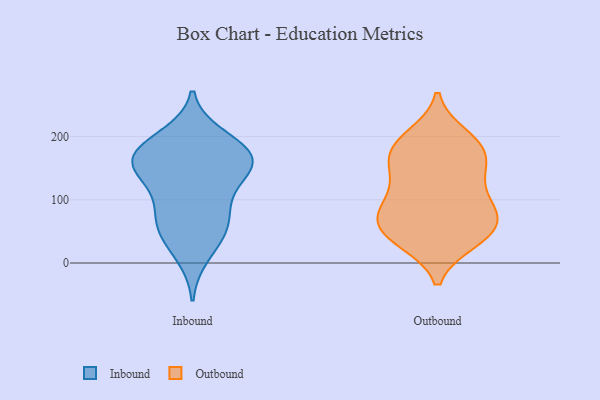
{"axis": {"x": "Population (Million)", "y": "Value"}, "legend": ["Inbound", "Outbound"], "data": [{"x": "", "y": 129, "type": "Inbound"}, {"x": "", "y": 44, "type": "Inbound"}, {"x": "", "y": 191, "type": "Inbound"}, {"x": "", "y": 64, "type": "Inbound"}, {"x": "", "y": 134, "type": "Inbound"}, {"x": "", "y": 50, "type": "Inbound"}, {"x": "", "y": 168, "type": "Inbound"}, {"x": "", "y": 81, "type": "Inbound"}, {"x": "", "y": 200, "type": "Inbound"}, {"x": "", "y": 167, "type": "Inbound"}, {"x": "", "y": 174, "type": "Inbound"}, {"x": "", "y": 153, "type": "Inbound"}, {"x": "", "y": 89, "type": "Inbound"}, {"x": "", "y": 12, "type": "Inbound"}, {"x": "", "y": 156, "type": "Inbound"}, {"x": "", "y": 165, "type": "Inbound"}, {"x": "", "y": 70, "type": "Outbound"}, {"x": "", "y": 189, "type": "Outbound"}, {"x": "", "y": 200, "type": "Outbound"}, {"x": "", "y": 181, "type": "Outbound"}, {"x": "", "y": 145, "type": "Outbound"}, {"x": "", "y": 143, "type": "Outbound"}, {"x": "", "y": 35, "type": "Outbound"}, {"x": "", "y": 36, "type": "Outbound"}, {"x": "", "y": 97, "type": "Outbound"}, {"x": "", "y": 96, "type": "Outbound"}, {"x": "", "y": 42, "type": "Outbound"}, {"x": "", "y": 78, "type": "Outbound"}, {"x": "", "y": 47, "type": "Outbound"}, {"x": "", "y": 169, "type": "Outbound"}, {"x": "", "y": 79, "type": "Outbound"}, {"x": "", "y": 66, "type": "Outbound"}, {"x": "", "y": 137, "type": "Outbound"}, {"x": "", "y": 185, "type": "Outbound"}]}